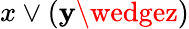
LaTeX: x\vee(\mathbf{y}\wedgez)